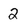
Character: 2